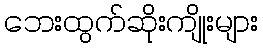
ဘေးထွက်ဆိုးကျိုးများ